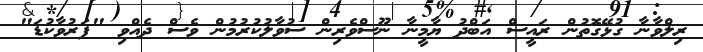
ރިލްވާނާ ގުޅޭގޮތުން ރައީސް އަބްދު ޔާމީނާ ނޫސްވެރިން ސުވާލުކުރުމުން ވެސް ދެއްވި "ފަރުވާކުޑަ"